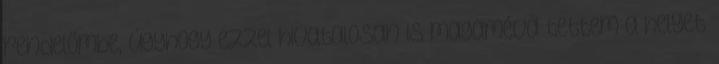
rendelőmbe, úgyhogy ezzel hivatalosan is magamévá tettem a helyet.